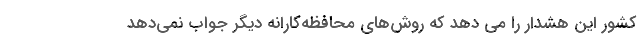
کشور این هشدار را می دهد که روش‌های محافظه‌کارانه دیگر جواب نمی‌دهد